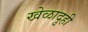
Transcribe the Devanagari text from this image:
खेळादुही